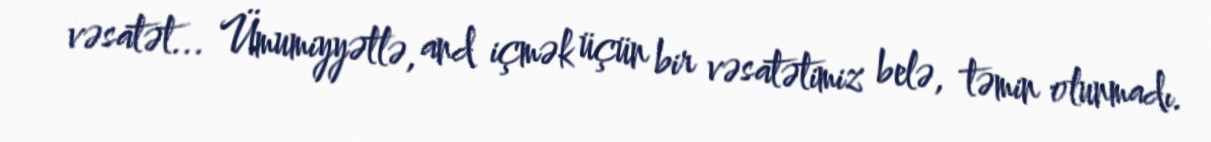
vəsatət... Ümumiyyətlə, and içmək üçün bir vəsatətimiz belə, təmin olunmadı.